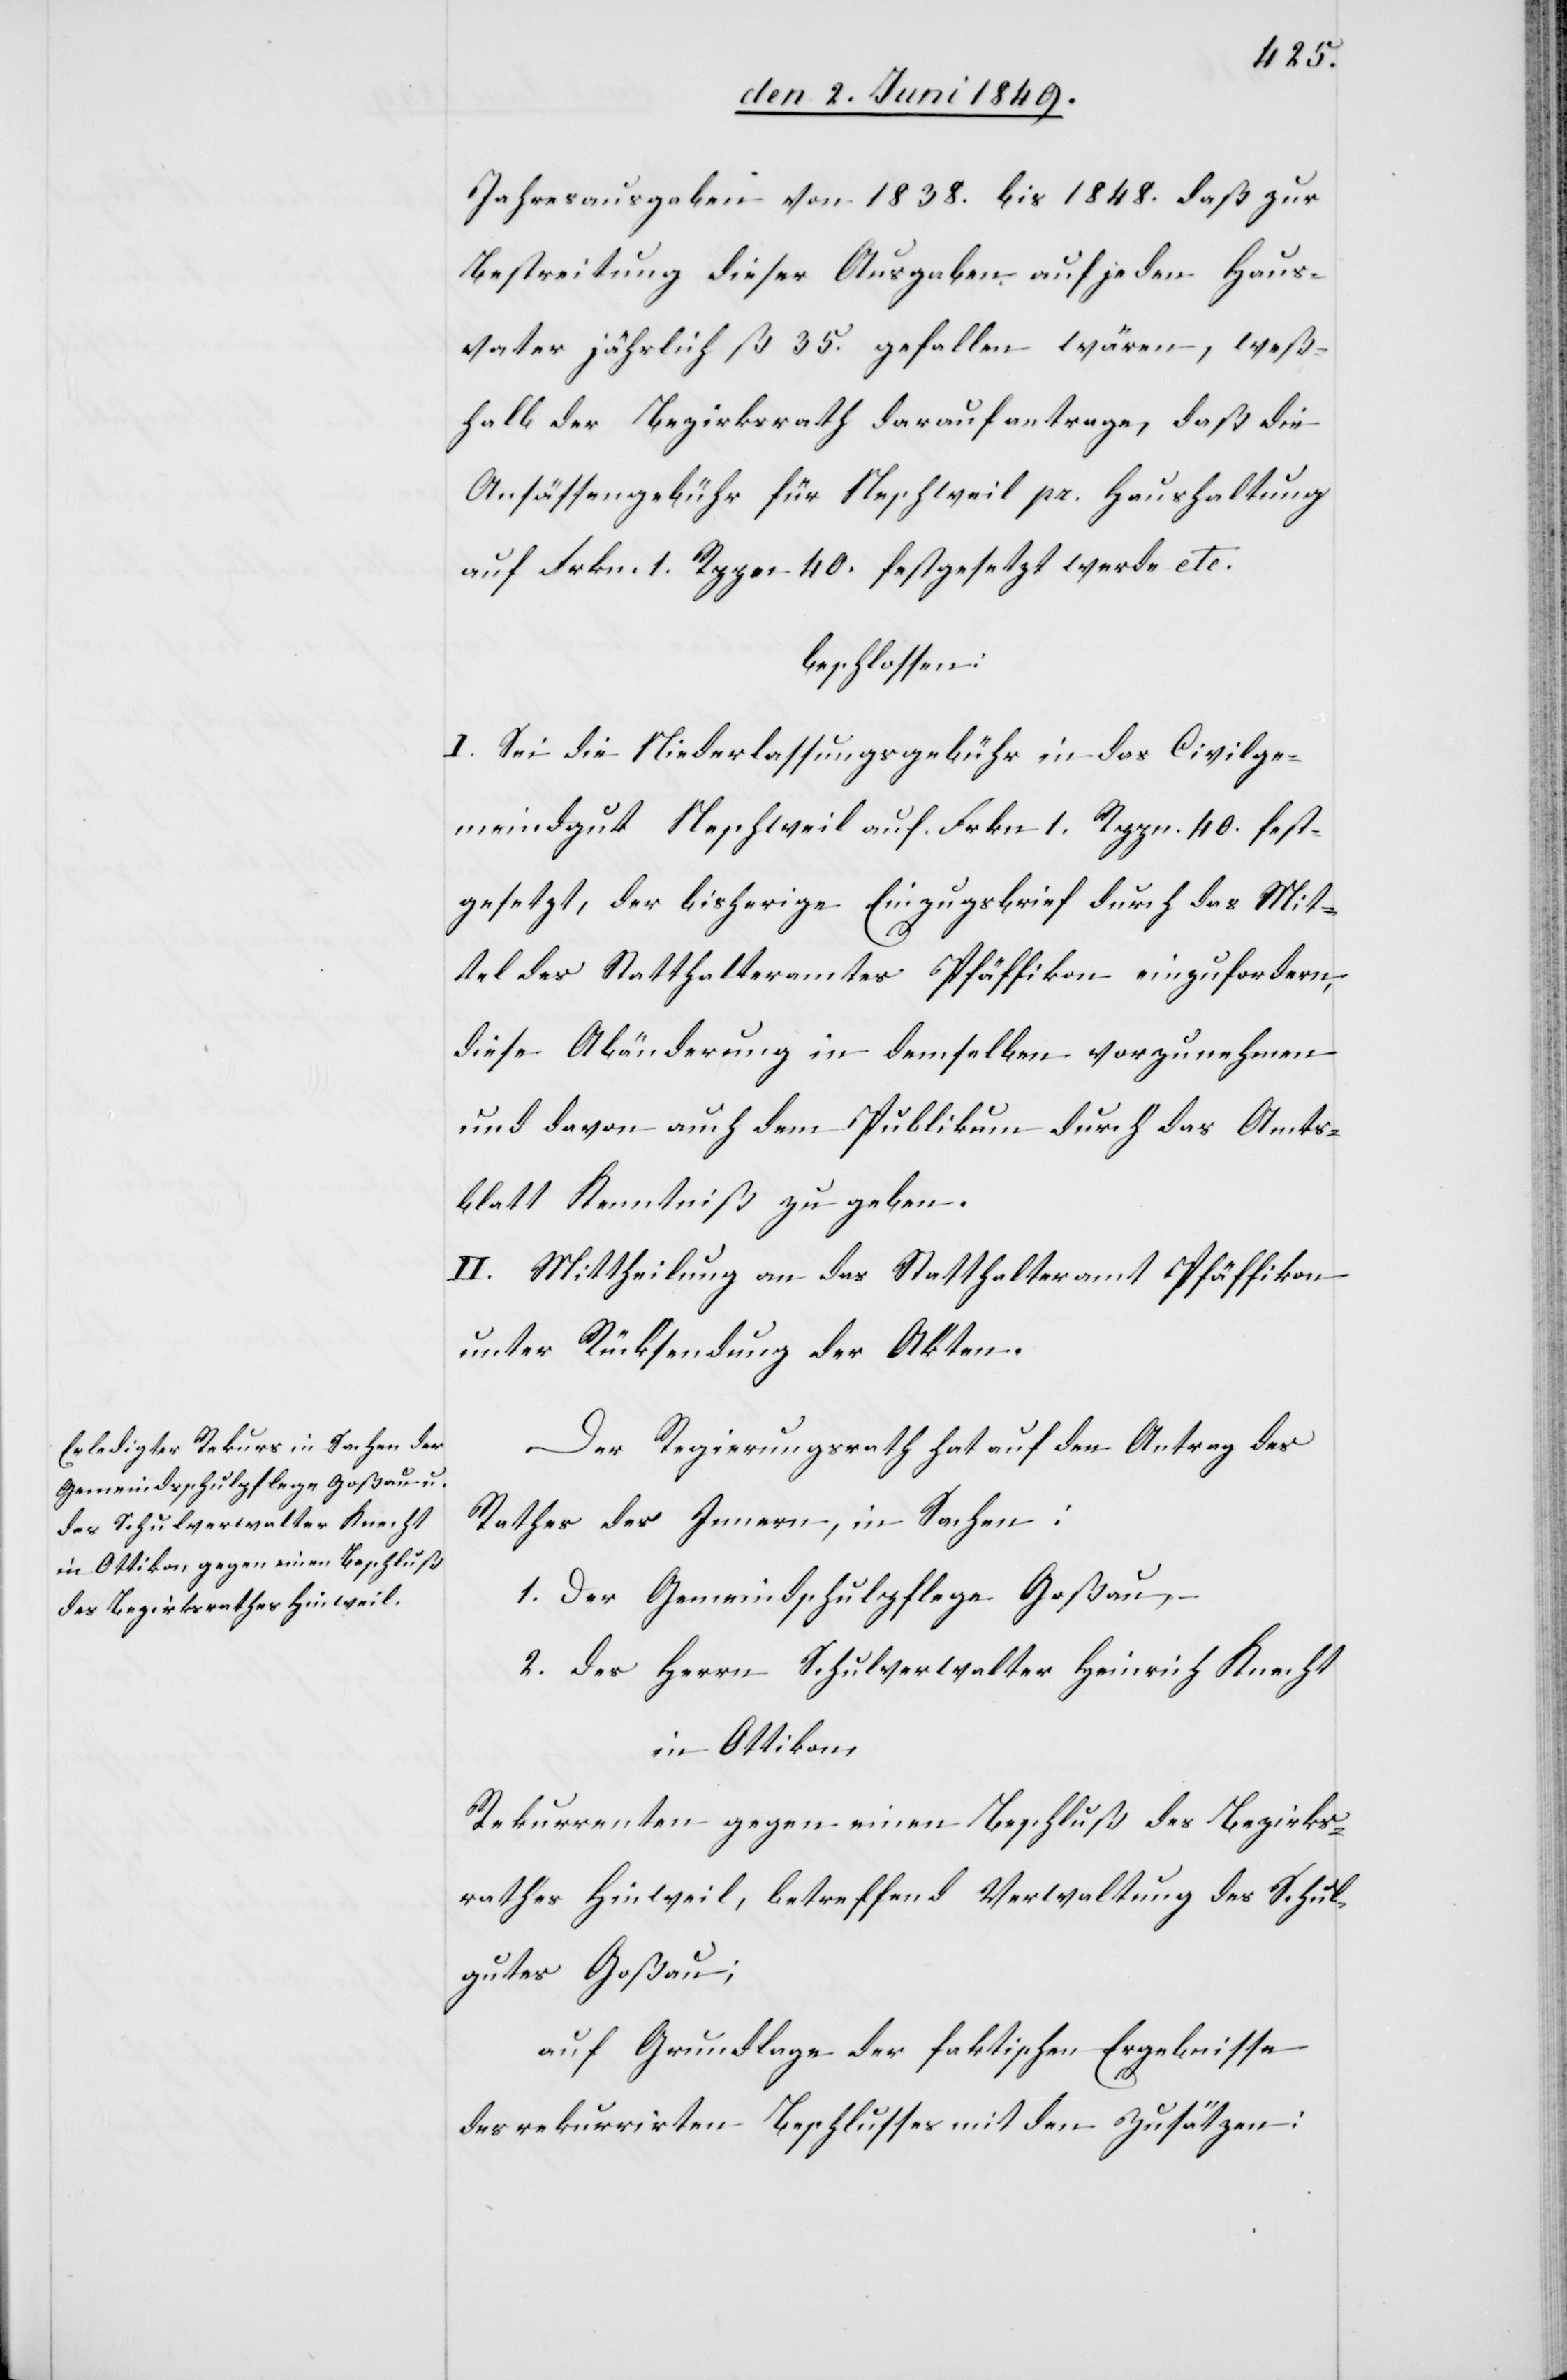
Jahresausgaben von 1838. bis 1848. daß zur
Bestreitung dieser Ausgaben auf jeden Haus¬
vater jährlich ß 35. gefallen wären, weß¬
halb der Bezirksrath darauf antrage, daß die
Ansässengebühr für Neschweil pr. Haushaltung
auf Frkn. 1. Rppn 40. festgesetzt werde etc.
beschlossen:
I. Sei die Niederlassungsgebühr in das Civilge¬
meindgut Neschweil auf Frkn. 1. Rppn. 40. fest¬
gesetzt, der bisherige Einzugsbrief durch das Mit¬
tel des Statthalteramtes Pfäffikon einzufordern,
diese Abänderung in demselben vorzunehmen
und davon auch dem Publikum durch das Amts¬
blatt Kenntniß zu geben.
II. Mittheilung an das Statthalteramt Pfäffikon
unter Rücksendung der Akten.
Der Regierungsrath hat auf den Antrag des
Rathes des Innern, in Sachen:
1. Der Gemeindschulpflege Goßau,
2. des Herrn Schulverwalter Heinrich Knecht
in Ottikon
Rekurrenten gegen einen Beschluß des Bezirks¬
rathes Hinweil, betreffend Verwaltung des Schul¬
gutes Goßau;
auf Grundlage der faktischen Ergebnisse
des rekurrirten Beschlusses mit den Zusätzen: